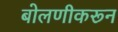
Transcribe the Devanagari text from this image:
बोलणीकरून